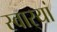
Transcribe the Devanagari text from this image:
स्वार्‍यां